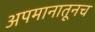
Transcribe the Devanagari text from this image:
अपमानातूनच